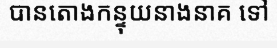
បានតោងកន្ទុយនាងនាគ ទៅ